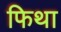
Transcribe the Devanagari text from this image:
फिथा